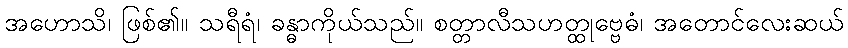
အဟောသိ၊ ဖြစ်၏။ သရီရံ၊ ခန္ဓာကိုယ်သည်။ စတ္တာလီသဟတ္ထုဗ္ဗေဓံ၊ အတောင်လေးဆယ်